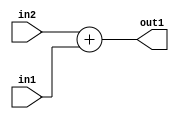
`timescale 1ps / 1ps
/*****************************************************************************
    Verilog RTL Description
    
    
    Created by: Stratus DpOpt 2019.1.01 
*******************************************************************************/

module SobelFilter_Add_4Ux2U_4U_4 (
	in2,
	in1,
	out1
	); /* architecture "behavioural" */ 
input [3:0] in2;
input [1:0] in1;
output [3:0] out1;
wire [3:0] asc001;

assign asc001 = 
	+(in2)
	+(in1);

assign out1 = asc001;
endmodule

/* CADENCE  ubD4TQk= : u9/ySgnWtBlWxVPRXgAZ4Og= ** DO NOT EDIT THIS LINE ******/